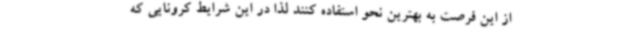
از این فرصت به بهترین نحو استفاده کنند لذا در این شرایط کرونایی که